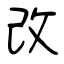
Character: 改